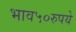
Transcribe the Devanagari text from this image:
भाव५०रुपये